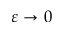
\varepsilon \to 0